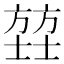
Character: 𫯄